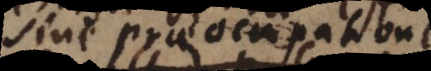
sine praeoccupation